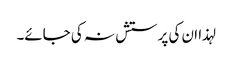
لہذا ان کی پرستش نہ کی جائے۔